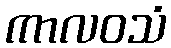
ကာလဝသံ